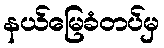
နယ်မြေခံတပ်မှ